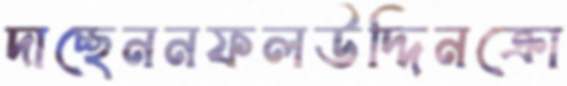
দাচ্ছেননফলউদ্দিনক্রো